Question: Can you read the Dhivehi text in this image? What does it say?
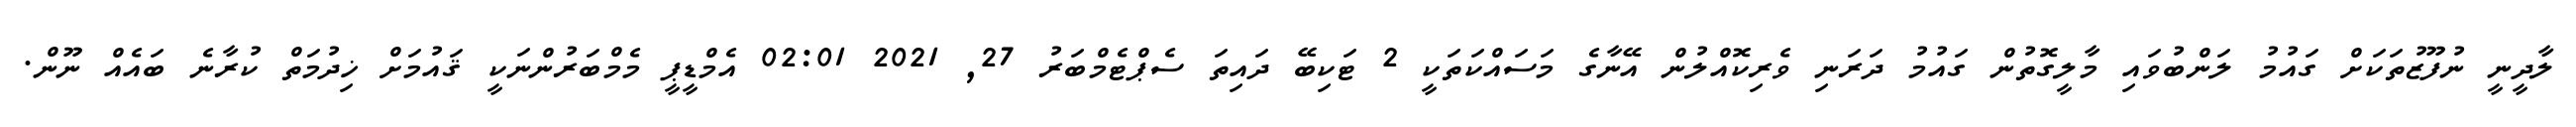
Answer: ލާދީނީ ނުފޫޒުތަކަށް ގައުމު ލަންބުވައި މާލީގޮތުން ގައުމު ދަރަނި ވެރިކޮއްލުން އޭނާގެ މަސައްކަތަކީ 2 ޓަކިބޭ ދައިތަ ސެޕްޓެމްބަރު 27, 2021 02:01 އެމްޑީޕީ މެމްބަރުންނަކީ ޤައުމަށް ޚިދުމަތް ކުރާނެ ބައެއް ނޫން.